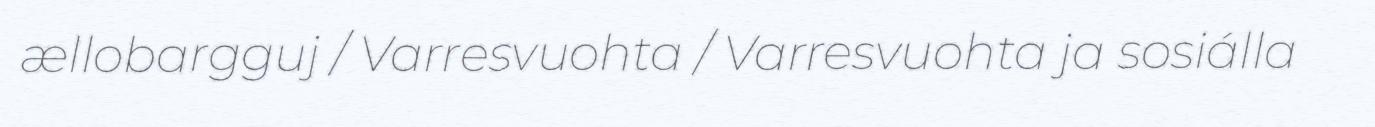
ællobargguj / Varresvuohta / Varresvuohta ja sosiálla